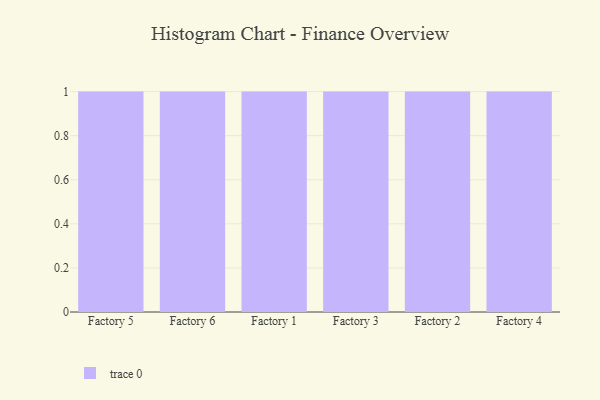
{"axis": {"x": "Factory", "y": "Headcount"}, "legend": [""], "data": [{"x": "Factory 5", "y": 87, "type": ""}, {"x": "Factory 6", "y": 60, "type": ""}, {"x": "Factory 1", "y": 38, "type": ""}, {"x": "Factory 3", "y": 86, "type": ""}, {"x": "Factory 2", "y": 99, "type": ""}, {"x": "Factory 4", "y": 25, "type": ""}]}